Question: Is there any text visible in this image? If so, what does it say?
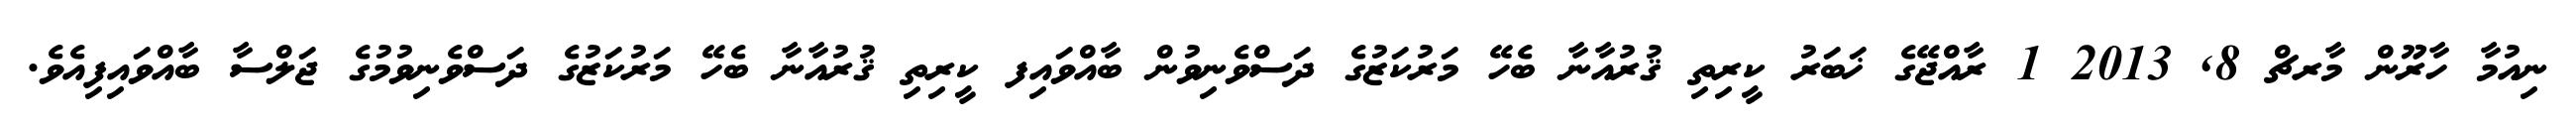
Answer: ނިއުމާ ހާރޫން މާރޗް 8, 2013 1 ރާއްޖޭގެ ޚަބަރު ކީރިތި ޤުރުއާނާ ބެހޭ މަރުކަޒުގެ ދަސްވެނިވުން ބާއްވައިފ ކީރިތި ޤުރުއާނާ ބެހޭ މަރުކަޒުގެ ދަސްވެނިވުމުގެ ޖަލްސާ ބާއްވައިފިއެވެ.